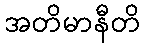
အတိမာနီတိ